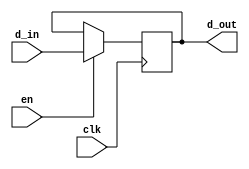
`timescale 1ns / 1ps
module clkgatingbefore(


input d_in, // Data input
input clk, // clock input
input en,
output reg d_out // output Q


);

always @(posedge clk)
begin
if(en)
d_out<= d_in;
end
endmodule